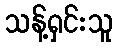
သန့်ရှင်းသူ